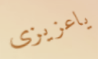
ياعزيزى